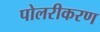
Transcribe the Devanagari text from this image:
पोलरीकरण